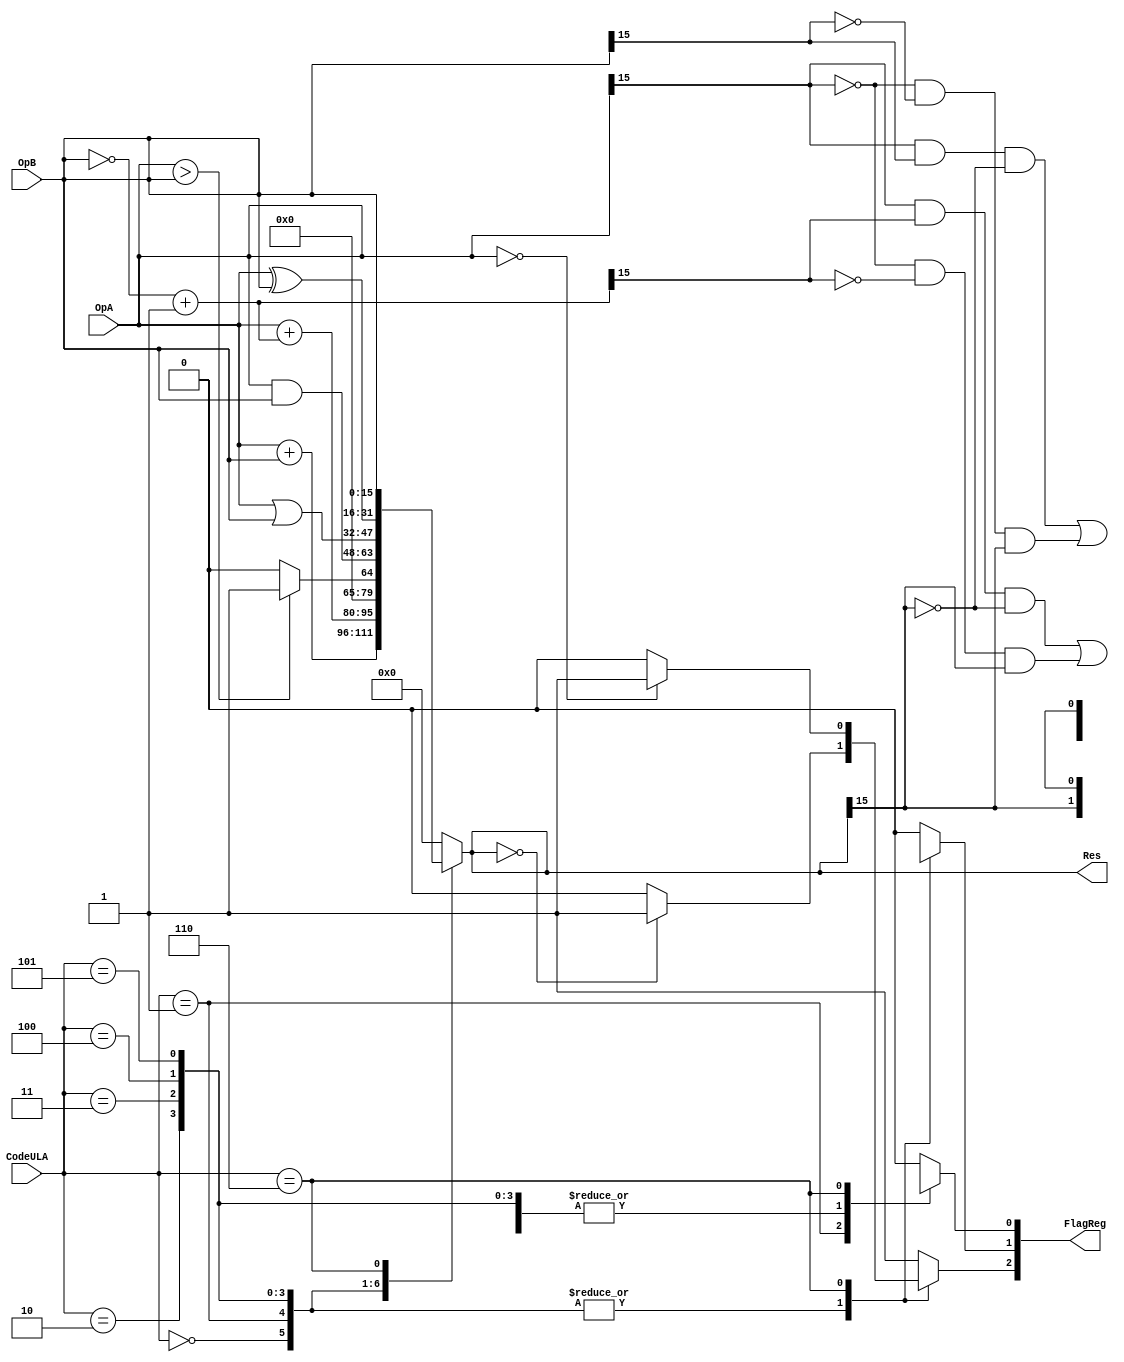
//							Iuri Silva Castro
//			Mestrando em Engenharia Eletrica - PPGEE
//			Universidade Federal de Minas Gerais - UFMG
//									2/2017

/*					Versao v0.1
	CHANGELOG {
		v0.1		Removido CLK e RST, totalmente combinacional agora
	}

*/

/* Codigos das instruoes:
			ADD = 0000
			SUB = 0001
			SLT = 0010
			AND = 0011
			OR  = 0100
			XOR = 0101
			BEZ = 0110
	
	OpA, OpB: (16-bit) Operandos de entrada.
	Res:		 (16-bit) Resultado da operaao.
	CodeULA:	 (4-bit)	 Codigo da operaao a ser executada
*/
module ULA (OpA, OpB, Res, CodeULA, FlagReg);

	input [3:0] CodeULA;
	input [15:0] OpA, OpB;
	output reg [15:0] Res;
	output reg [2:0] FlagReg;		// [Z N V]: Z=Zero; N=Neg; V=Overflow
	
	wire [15:0] invOpB;
	assign invOpB = ~OpB + 16'd1;

	parameter InsADD = 4'b0000;	// ADD	Res = OpA + OpB
	parameter InsSUB = 4'b0001;	//	SUB	Res = OpA - OpB
	parameter InsSLT = 4'b0010;	//	SLTI	Res = (OpA > OpB) ? 1 : 0
	parameter InsAND = 4'b0011;	//	AND 	Res = OpA & OpB
	parameter InsOR =  4'b0100;	//	OR 	Res = OpA | OpB
	parameter InsXOR = 4'b0101;	//	XOR 	Res = OpA ^ OpB
	parameter InsBEZ = 4'b0110;	// BEZ	OpA == 0 ? Z = 1 : Z = 0; Res = OpB
	parameter InsNOP = 4'b0111;	// NOP
	
	parameter OverflowFlag	= 0;
	parameter NegFlag 		= 1;
	parameter ZeroFlag		= 2;
	
	always @( * ) begin
		case (CodeULA)
			InsADD: begin			
				Res <= OpA + OpB;
				
				/* Zero check */
				if (Res == 0)
					FlagReg[ZeroFlag] <= 1'b1;
				else
					FlagReg[ZeroFlag] <= 1'b0;
				/* Overflow check */
				FlagReg[OverflowFlag] <= (OpA[15] & OpB[15] & ~Res[15]) | (~OpA[15] & ~OpB[15] & Res[15]);
				/* Negative check */
				FlagReg[NegFlag] <= Res[15];
			end
			InsSUB: begin			
				Res <= OpA + invOpB;
				
				/* Zero check */
				if (Res == 0)
					FlagReg[ZeroFlag] <= 1'b1;
				else
					FlagReg[ZeroFlag] <= 1'b0;
				/* Overflow check */
				FlagReg[OverflowFlag] <= (OpA[15] & invOpB[15] & ~Res[15]) | (~OpA[15] & ~invOpB[15] & Res[15]);
				/* Negative check */
				FlagReg[NegFlag] <= Res[15];
			end
			InsSLT: begin
				if (OpA > OpB)
					Res <= 16'd1;
				else
					Res <= 16'd0;
					
				/* Zero check */
				if (Res == 0)
					FlagReg[ZeroFlag] <= 1'b1;
				else
					FlagReg[ZeroFlag] <= 1'b0;
				/* Overflow check */
				FlagReg[OverflowFlag] <= (OpA[15] & OpB[15] & ~Res[15]) | (~OpA[15] & ~OpB[15] & Res[15]);
				/* Negative check */
				FlagReg[NegFlag] <= Res[15];
			end
			InsAND: begin			
				Res <= OpA & OpB;
				
				/* Zero check */
				if (Res == 0)
					FlagReg[ZeroFlag] <= 1'b1;
				else
					FlagReg[ZeroFlag] <= 1'b0;
				/* Overflow check */
				FlagReg[OverflowFlag] <= (OpA[15] & OpB[15] & ~Res[15]) | (~OpA[15] & ~OpB[15] & Res[15]);
				/* Negative check */
				FlagReg[NegFlag] <= Res[15];
			end
			InsOR: begin			
				Res <= OpA | OpB;
				
				/* Zero check */
				if (Res == 0)
					FlagReg[ZeroFlag] <= 1'b1;
				else
					FlagReg[ZeroFlag] <= 1'b0;
				/* Overflow check */
				FlagReg[OverflowFlag] <= (OpA[15] & OpB[15] & ~Res[15]) | (~OpA[15] & ~OpB[15] & Res[15]);
				/* Negative check */
				FlagReg[NegFlag] <= Res[15];
			end
			InsXOR: begin			
				Res <= OpA ^ OpB;
				
				/* Zero check */
				if (Res == 0)
					FlagReg[ZeroFlag] <= 1'b1;
				else
					FlagReg[ZeroFlag] <= 1'b0;
				/* Overflow check */
				FlagReg[OverflowFlag] <= (OpA[15] & OpB[15] & ~Res[15]) | (~OpA[15] & ~OpB[15] & Res[15]);
				/* Negative check */
				FlagReg[NegFlag] <= Res[15];
			end
			InsBEZ: begin
				Res <= OpB;
				
				/* Zero check */
				if (OpA == 0)
					FlagReg[ZeroFlag] <= 1'b1;
				else
					FlagReg[ZeroFlag] <= 1'b0;
				/* Overflow check */
				FlagReg[OverflowFlag] <= 1'bx;	// Don't care for Overflow
				/* Negative check */
				FlagReg[NegFlag] <= 1'bx;			// Don't care for Negative
			end
			InsNOP: begin			// No Operation
				Res <= 16'h0000;
				FlagReg[ZeroFlag] <= 1'b1;
				FlagReg[OverflowFlag] <= 1'b0;
				FlagReg[NegFlag] <= 1'b0;
			end
			default: begin
				Res <= 16'h0000;
				FlagReg[ZeroFlag] <= 1'b1;
				FlagReg[OverflowFlag] <= 1'b0;
				FlagReg[NegFlag] <= 1'b0;
			end
		endcase
	end
endmodule